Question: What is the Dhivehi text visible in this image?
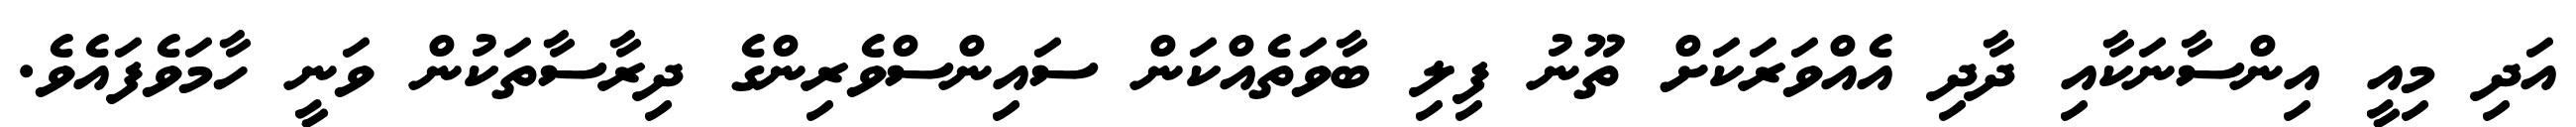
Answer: އަދި މިއީ އިންސާނަކާއި ދާދި އެއްވަރަކަށް ތޫނު ފިލި ބާވަތެއްކަން ސައިންސްވެރިންގެ ދިރާސާތަކުން ވަނީ ހާމަވެފައެވެ.